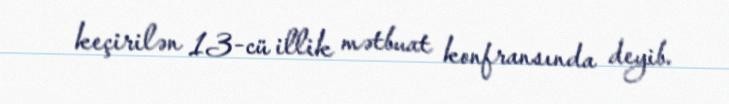
keçirilən 13-cü illik mətbuat konfransında deyib.